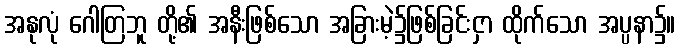
အနုလုံ ဂေါတြဘူ တို့၏ အနီးဖြစ်သော အခြားမဲ့၌ဖြစ်ခြင်းငှာ ထိုက်သော အပ္ပနာ၌။